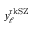
y _ { \ell } ^ { \mathrm { r k S Z } }